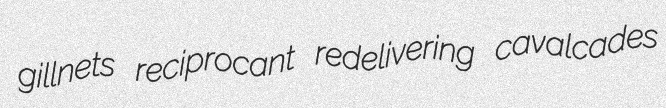
gillnets reciprocant redelivering cavalcades